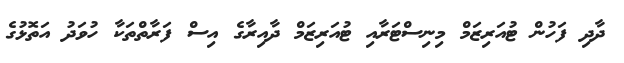
ދާދި ފަހުން ޓުއަރިޒަމް މިނިސްޓަރާއި ޓުއަރިޒަމް ދާއިރާގެ އިސް ފަރާތްތަކާ ހުވަދު އަތޮޅުގެ